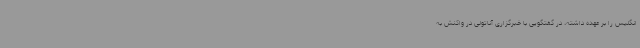
انگلیس را بر عهده داشته، در گفتگویی با خبرگزاری آناتولی در واکنش به